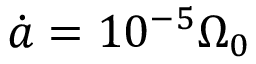
\dot { a } = 1 0 ^ { - 5 } \Omega _ { 0 }